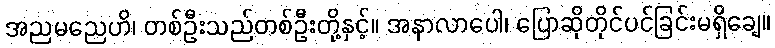
အညမညေဟိ၊ တစ်ဦးသည်တစ်ဦးတို့နှင့်။ အနာလာပေါ၊ ပြောဆိုတိုင်ပင်ခြင်းမရှိချေ။